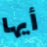
أيها